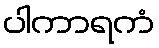
ပါကာရကံ